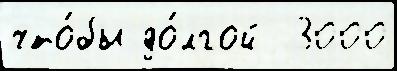
что́бы до́лгой  3000